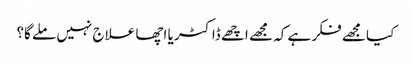
کیا مجھے فکر ہے کہ مجھے اچھے ڈاکٹر یا اچھا علاج نہیں ملے گا؟